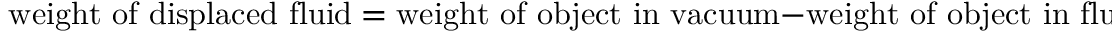
{ \mathrm { ~ w e i g h t ~ o f ~ d i s p l a c e d ~ f l u i d } } = { \mathrm { w e i g h t ~ o f ~ o b j e c t ~ i n ~ v a c u u m } } - { \mathrm { w e i g h t ~ o f ~ o b j e c t ~ i n ~ f l u i d } }